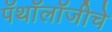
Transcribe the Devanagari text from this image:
पॅथॉलॉजीचे